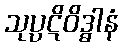
သုပ္ပဋိဝိဒ္ဓါနံ